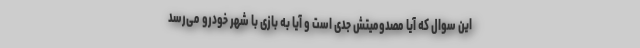
این سوال که آیا مصدومیتش جدی است و آیا به بازی با شهر خودرو می‌رسد